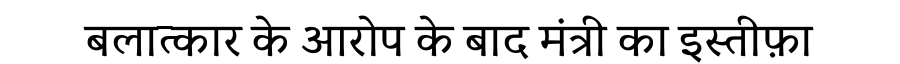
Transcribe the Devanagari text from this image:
बलात्कार के आरोप के बाद मंत्री का इस्तीफ़ा